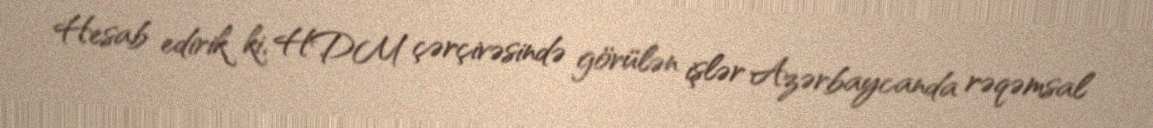
Hesab edirik ki, HDM çərçivəsində görülən işlər Azərbaycanda rəqəmsal